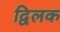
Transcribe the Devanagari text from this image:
द्विलक